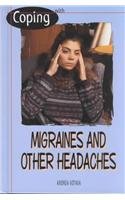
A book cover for Coping With Migraines and Other Headaches; Andrea Votava; Health, Fitness & Dieting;